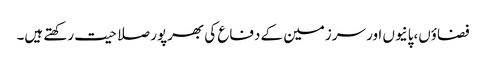
فضاؤں،پانیوں اور سرزمین کے دفاع کی بھرپور صلاحیت رکھتے ہیں۔